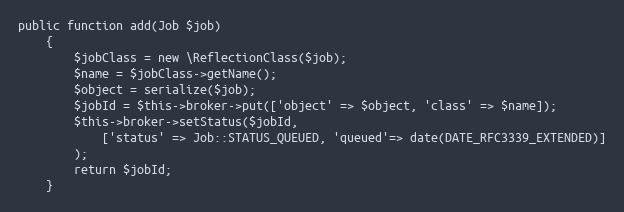
Language: PHP
public function add(Job $job)
    {
        $jobClass = new \ReflectionClass($job);
        $name = $jobClass->getName();
        $object = serialize($job);
        $jobId = $this->broker->put(['object' => $object, 'class' => $name]);
        $this->broker->setStatus($jobId,
            ['status' => Job::STATUS_QUEUED, 'queued'=> date(DATE_RFC3339_EXTENDED)]
        );
        return $jobId;
    }